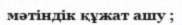
мәтіндік құжат ашу ;